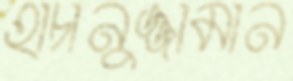
হাচানুজ্জামান